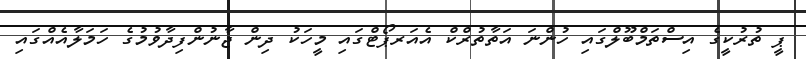
ޕީ ތުރުކީގެ އިސްތަމްބޫލްގައި ހުންނަ އަތާތުރްކް އެއަރޕޯޓްގައި މީހަކު ދިން ޖާނުންފިދާވުމުގެ ހަމަލާއެއްގައި